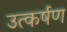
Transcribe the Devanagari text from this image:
उत्कर्षण